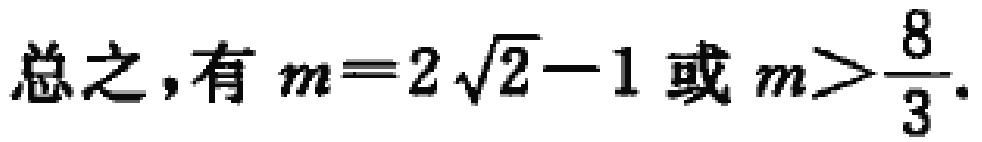
总之，有 \(m = 2\sqrt{2}-1\) 或 \(m>\frac{8}{3}\).